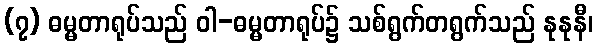
(၇) ဓမ္မတာရုပ်သည် ဝါ-ဓမ္မတာရုပ်၌ သစ်ရွက်တရွက်သည် နုနုနီ၊